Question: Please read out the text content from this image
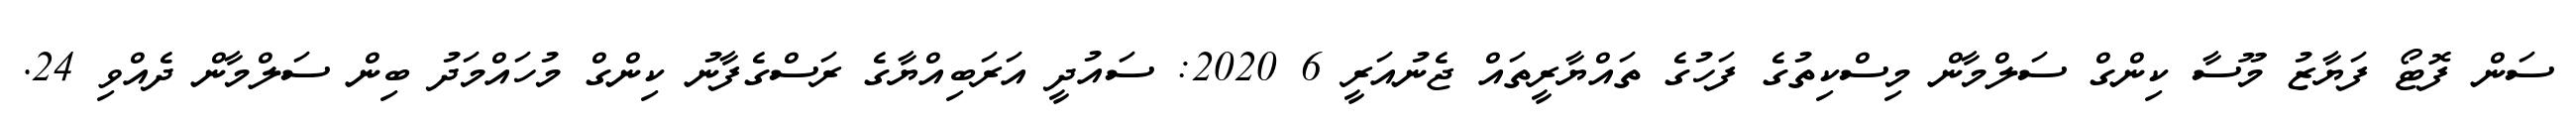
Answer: ސަން ފޮޓޯ ފަޔާޒު މޫސާ ކިންގް ސަލްމާން މިސްކިތުގެ ފަހުގެ ތައްޔާރީތައް ޖެނުއަރީ 6 2020: ސައުދީ އަރަބިއްޔާގެ ރަސްގެފާނު ކިންގް މުހައްމަދު ބިން ސަލްމާން ދެއްވި 24.